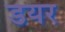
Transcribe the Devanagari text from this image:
डयर